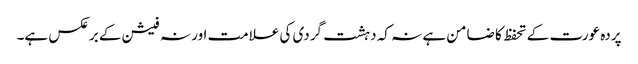
پردہ عورت کے تحفظ کا ضامن ہے نہ کہ دہشت گردی کی علامت اور نہ فیشن کے برعکس ہے۔